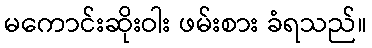
မကောင်းဆိုးဝါး ဖမ်းစား ခံရသည်။